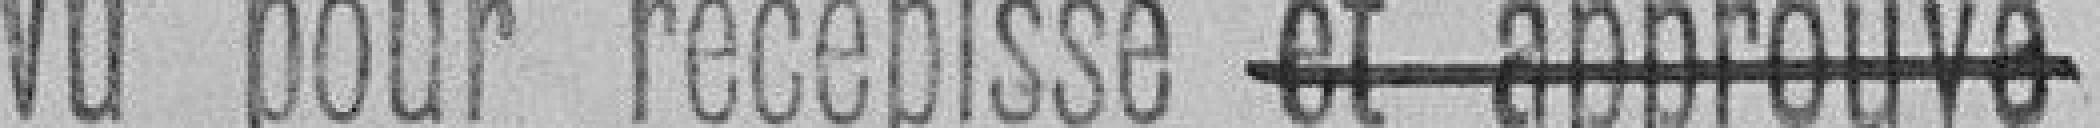
Vu pour récépissé et approuvé (barré)